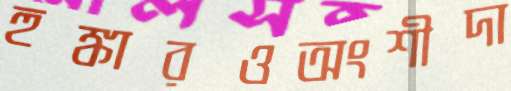
হুঙ্কারওঅংশীদা